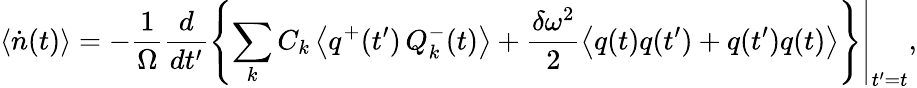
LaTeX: \left<\dot{n}(t)\right>=-\frac{1}{\Omega}\frac{d}{dt^{\prime}}\left.\left\{ \sum_{k}C_{k}\left<q^{+}(t^{\prime})\, Q_{k}^{-}(t)\right>+\frac{\delta\omega^{2}}{2}\left<q(t)q(t^{\prime})+q(t^{\prime})q(t)\right>\right\} \right|_{t^{\prime}=t},